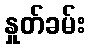
နှုတ်ခမ်း